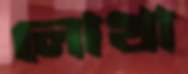
লোখা